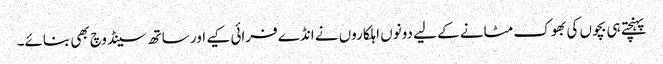
پہنچتے ہی بچوں کی بھوک مٹانے کے لیے دونوں اہلکاروں نے انڈے فرائی کیے اور ساتھ سینڈوچ بھی بنائے۔